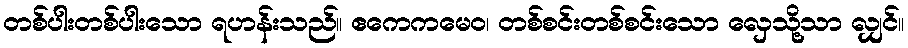
တစ်ပါးတစ်ပါးသော ရဟန်းသည်။ ဧကေကမေဝ၊ တစ်စင်းတစ်စင်းသော လှေသို့သာ လျှင်။